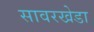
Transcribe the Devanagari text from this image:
सावरखेडा